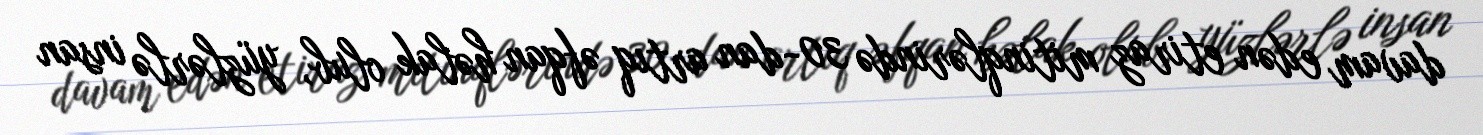
davam edən etiraz mitinqlərində 30-dan artıq əfqan həlak olub, yüzlərlə insan